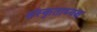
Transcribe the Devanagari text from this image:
संस्कृताध्यक्ष